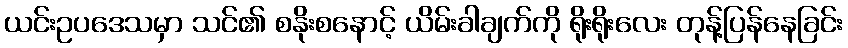
ယင်းဥပဒေသမှာ သင်၏ စနိုးစနောင့် ယိမ်းခါချက်ကို ရိုးရိုးလေး တုန့်ပြန်နေခြင်း